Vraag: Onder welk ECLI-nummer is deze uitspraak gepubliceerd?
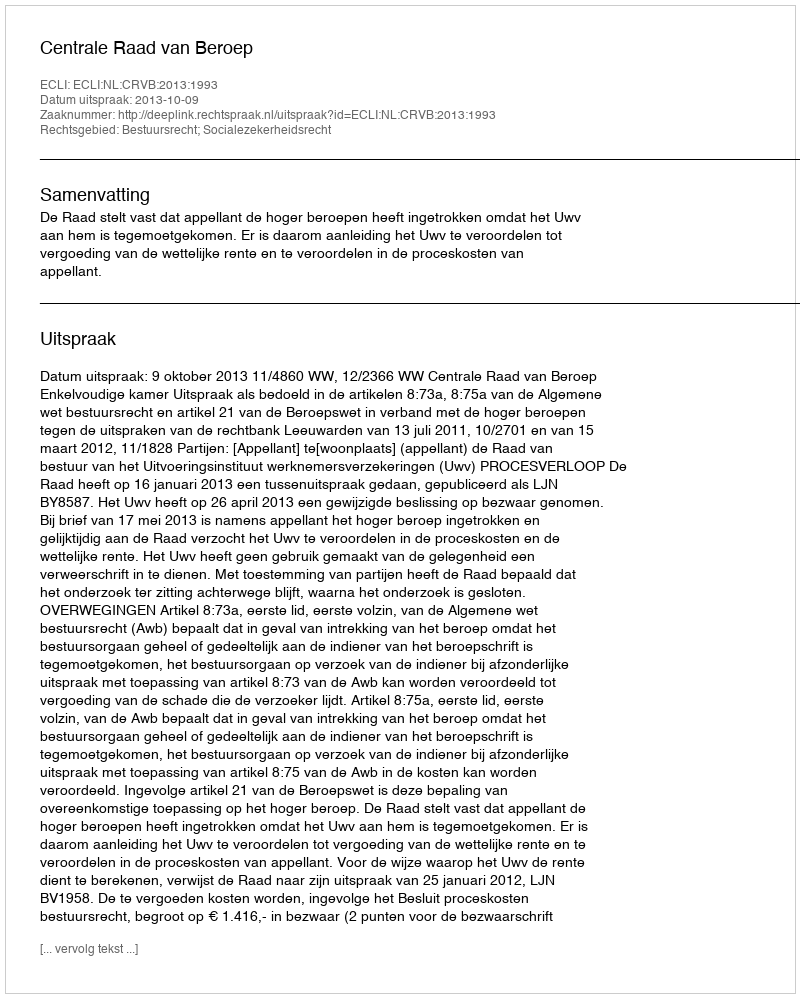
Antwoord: ECLI:NL:CRVB:2013:1993